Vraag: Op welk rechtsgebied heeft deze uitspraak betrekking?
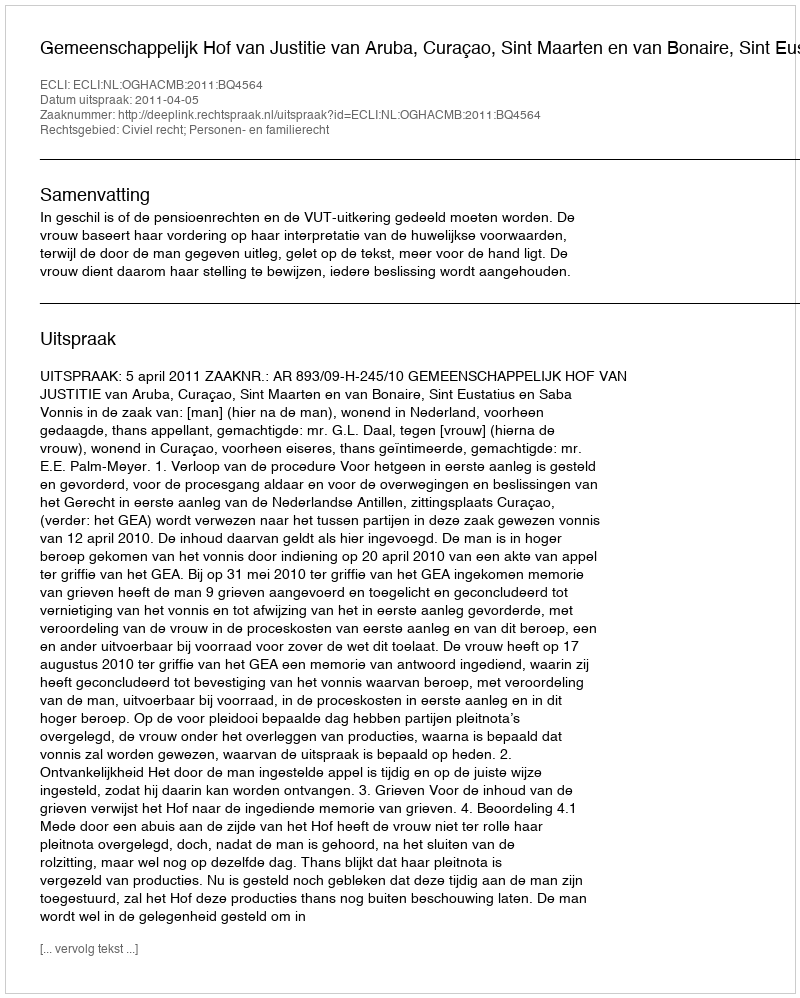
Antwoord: Civiel recht; Personen- en familierecht